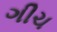
ગીચ